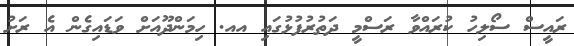
ރައީސް ސޯލިހު ކުރައްވާ ރަސްމީ ދަތުރުފުޅުގައި އއ. ހިމަންދޫއަށް ވަޑައިގެން އެ ރަށު